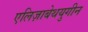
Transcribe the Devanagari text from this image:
एलिज़ाबेथयुगीन